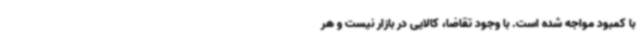
با کمبود مواجه شده است. با وجود تقاضا، کالایی در بازار نیست و هر